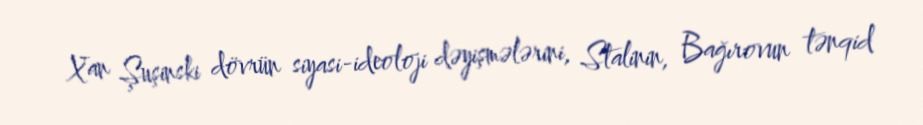
Xan Şuşinski dövrün siyasi-ideoloji dəyişmələrini, Stalinin, Bağırovun tənqid